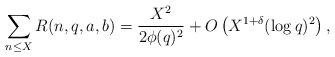
LaTeX: \begin{align*}\sum_{n\le X}R(n,q,a,b)=\frac{X^2}{2\phi(q)^2}+O\left(X^{1+\delta}(\log q)^2\right),\end{align*}